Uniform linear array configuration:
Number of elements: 24
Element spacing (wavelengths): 1
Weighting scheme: kaiser
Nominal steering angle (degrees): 30
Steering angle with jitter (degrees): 31.758
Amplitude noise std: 0.05
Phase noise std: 0.05

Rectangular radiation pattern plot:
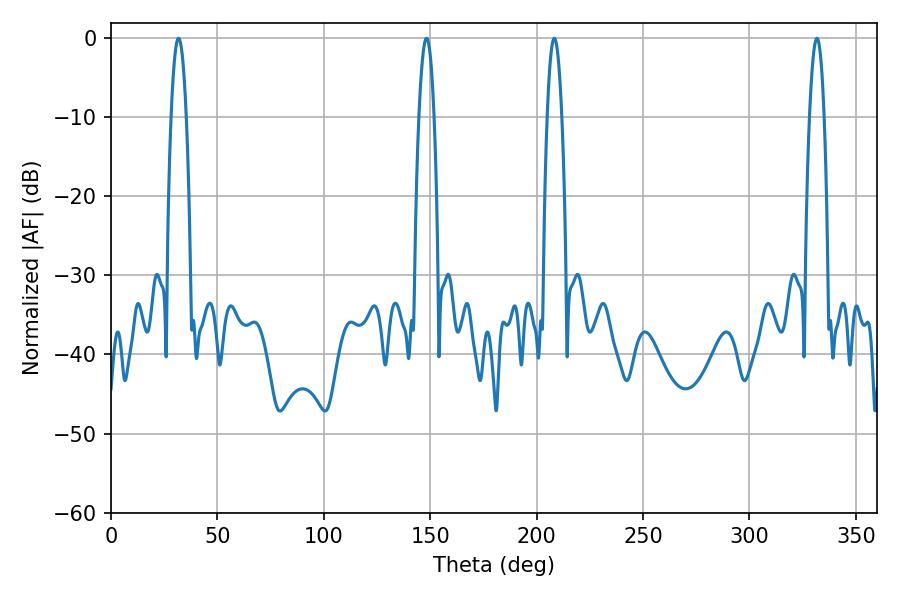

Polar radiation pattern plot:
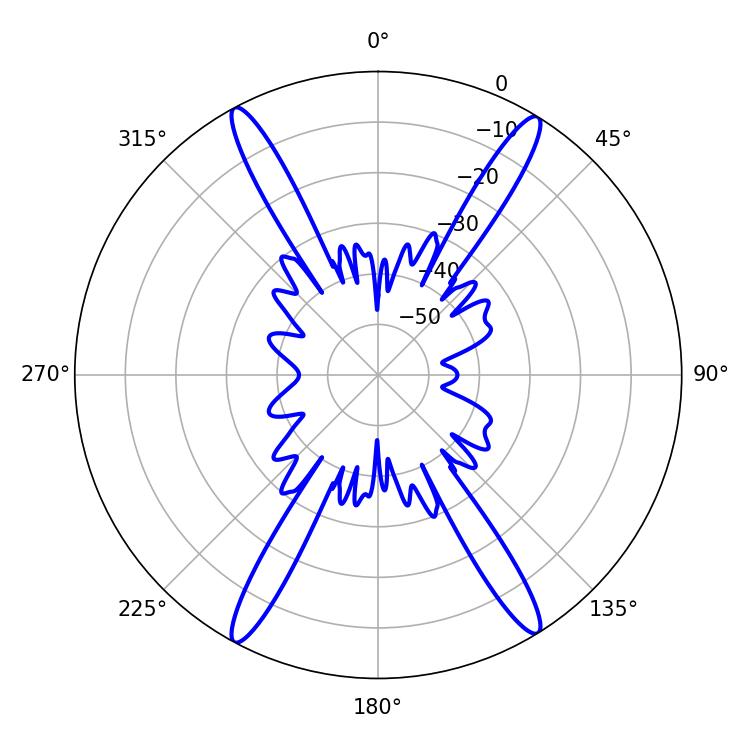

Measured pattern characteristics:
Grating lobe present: TRUE
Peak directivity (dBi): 22.989
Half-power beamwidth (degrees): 3.78
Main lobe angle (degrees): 208.26